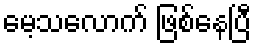
မေ့သလောက် ဖြစ်နေပြီ